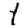
Digit: 1